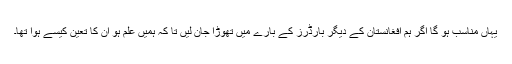
یہاں مناسب ہو گا اگر ہم افغانستان کے دیگر بارڈرز کے بارے میں تھوڑا جان لیں تا کہ ہمیں علم ہو ان کا تعین کیسے ہوا تھا۔